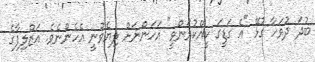
ބުދަ ދުވަހާ ގުޅޭ "އެ ގަޑީގަ ކީއްކުރަންވީ" އަހަންނަށް ލިޔެވުނީ އެހެންނެވެ. އަޒްލިފާގެ